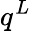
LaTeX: q^{L}